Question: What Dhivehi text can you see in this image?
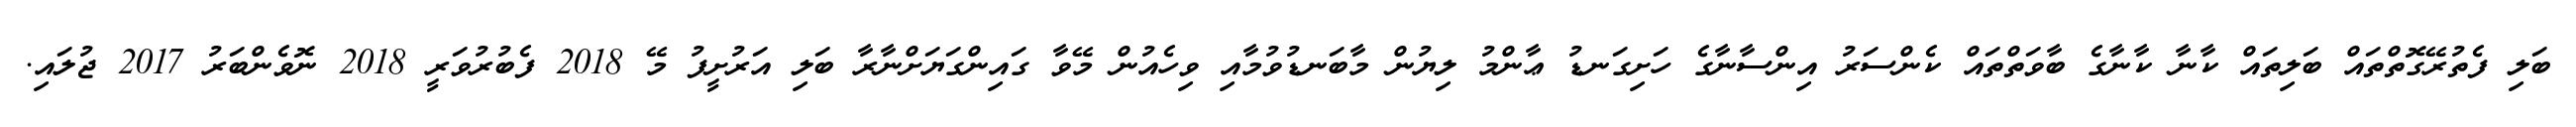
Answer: ބަލި ފެތުރޭގޮތްތައް ބަލިތައް ކާނާ ކާނާގެ ބާވަތްތައް ކެންސަރު އިންސާނާގެ ހަށިގަނޑު ޢާންމު ލިޔުން މާބަނޑުވުމާއި ވިހެއުން މޭވާ ގައިންގަޔަށްނާރާ ބަލި އަރުށީފު މޭ 2018 ފެބުރުވަރީ 2018 ނޮވެންބަރު 2017 ޖުލައި.